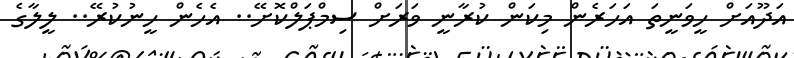
އަދޫއަށް ހީވަނީތަ އަހަރެން މިކަން ކުރާނީ ވަރަށް ސިމްޕަލްކޮށޭ.. އެހެން ހީނުކުރޭ.. ލީލާގެ